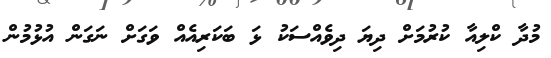
މުދާ ކްލިއާ ކުރުމަށް ދިޔަ ދިވެއްސަކު ޅަ ބަކަރިއެއް ވަގަށް ނަގަން އުޅުމުން